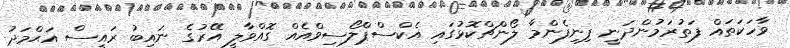
ވާހަކަތައް ފަތުރަމުންދަނީ ފިނިފެންމާ ލޯންޗްކޮޅުގައި އެކްސްޕްލޯސިވްއެއް ގޮއްވާލީ އޭރުގެ ނައިބު ރައީސް އަޙްމަދު